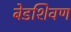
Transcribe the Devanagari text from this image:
बेडशिवण